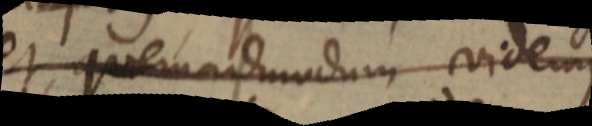
et quemadmodum videmus